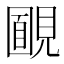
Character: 𧡻